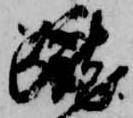
蹴